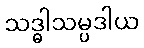
သဒ္ဓါသမ္ပဒါယ